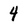
Character: 4